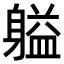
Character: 𬧬